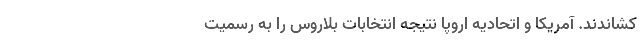
کشاندند. آمریکا و اتحادیه اروپا نتیجه انتخابات بلاروس را به رسمیت